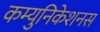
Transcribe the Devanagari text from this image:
कम्युनिकेशनस